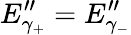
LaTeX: E_{\gamma_{+}}^{\prime\prime}=E_{\gamma_{-}}^{\prime\prime}